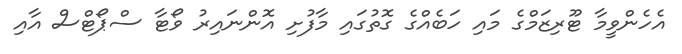
އެހެންވީމާ ޓޫރިޒަމްގެ މައި ހަބެއްގެ ގޮތުގައި މާފުށި އޮންނައިރު ވޯޓާ ސްޕޯޓްސް އާއި